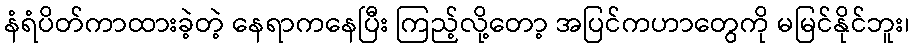
နံရံပိတ်ကာထားခဲ့တဲ့ နေရာကနေပြီး ကြည့်လို့တော့ အပြင်ကဟာတွေကို မမြင်နိုင်ဘူး၊